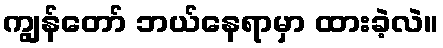
ကျွန်တော် ဘယ်နေရာမှာ ထားခဲ့လဲ။